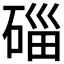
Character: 𥓲